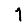
Digit: 1